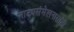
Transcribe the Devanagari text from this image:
नाट्यसंमेलनासाठी